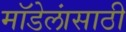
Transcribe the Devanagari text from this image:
मॉडेलांसाठी